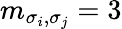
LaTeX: m_{\sigma_{i},\sigma_{j}}=3